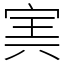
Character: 㝙